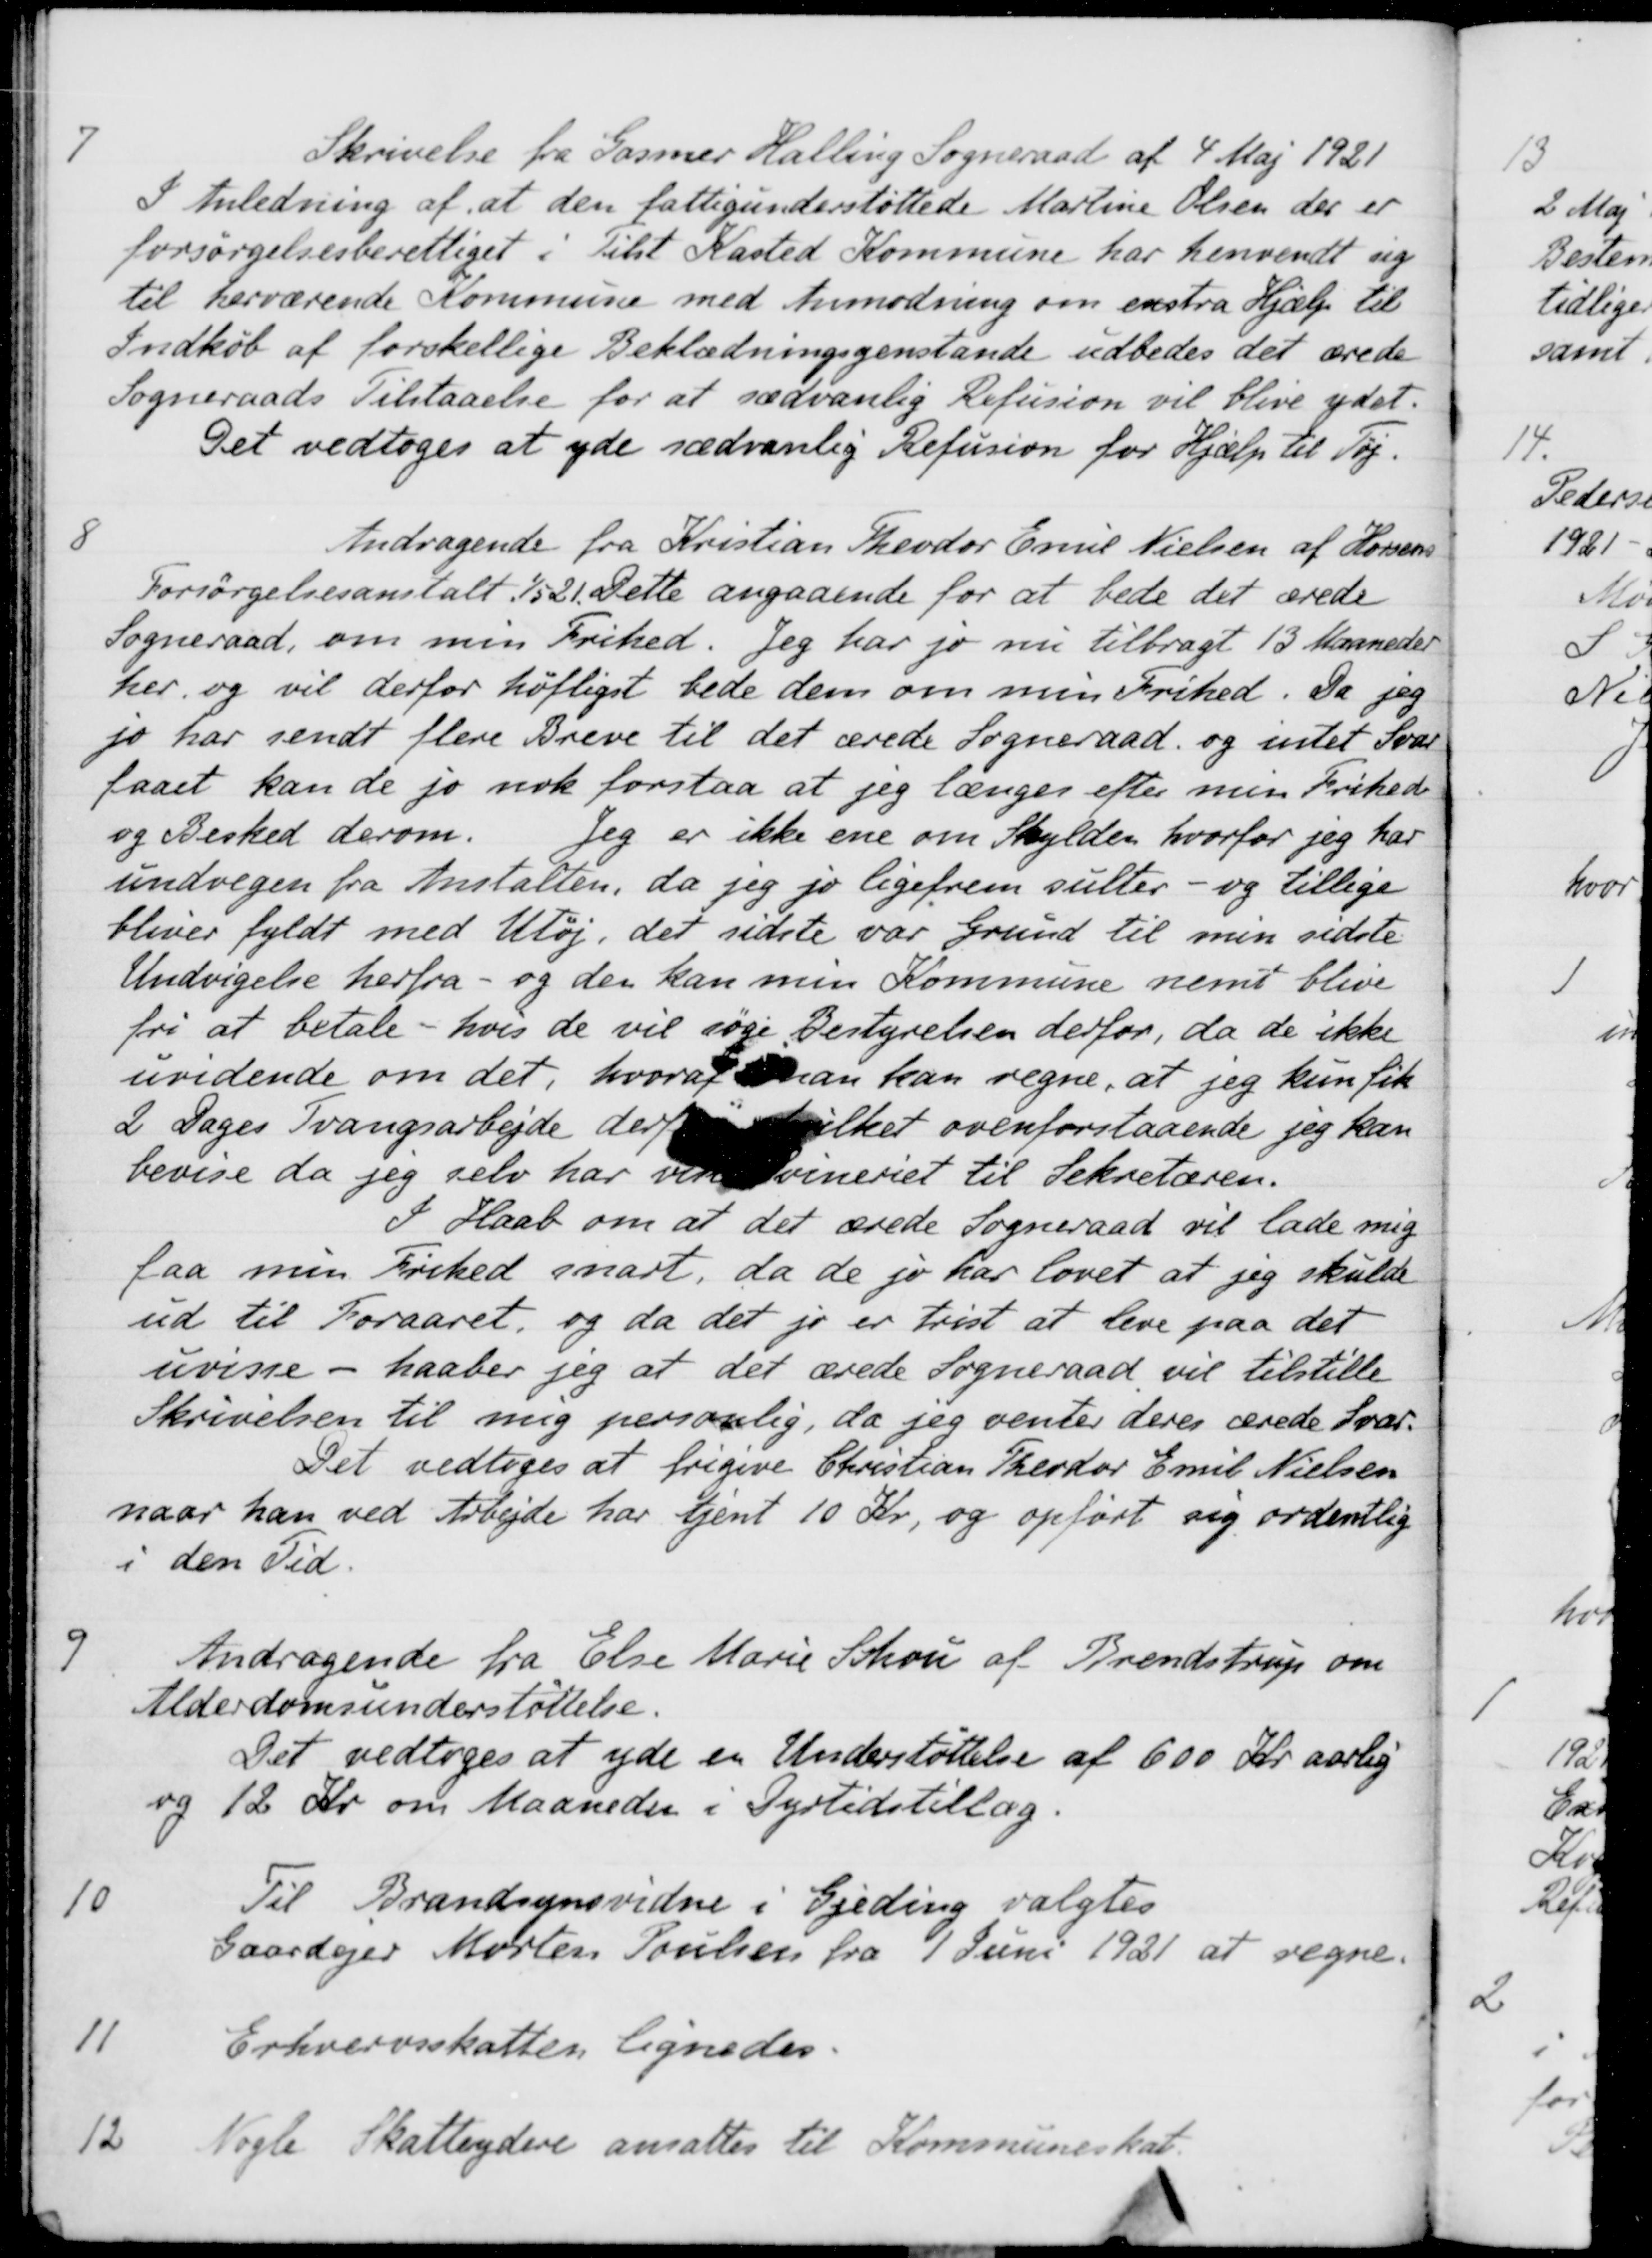
Transskription:
7
Skrivelse fra Gosmer Halling Sogneraad af 4 Maj 1921
I Anledning af at den fattigunderstøttede Martine Olsen der er
forsørgelsesberettiget i Tilst Kasted Kommune har henvendt sig
til herværende Kommune med Anmodning om exstra Hjælp til
Indkøb af forskellige Beklædningsgenstande udbedes det ærede
Sogneraads Tilstaaelse for at sædvanlig Refusion vil blive yder
Det vedtoges at yde sædvanlig Refusion for Hjælp til Tøj.
8
Andragende fra Kristian Theodor Emil Nielsen af Horsens
Forsørgelsesanstalt 1/5 21. Dette angaaende for at bede det ærede
Sogneraad, om min Frihed. Jeg har jo nu tilbragt 13 Maaneder
her og vil derfor høfligst bede dem om min Frihed. Da jeg
jo har sendt flere Breve til det ærede Sogneraad og intet Svar
faaet kan de jo nok forstaa at jeg længes efter min Frihed
og Besked derom. Jeg er ikke ene om Skylden, hvorfor jeg har
undvegen fra Anstalten, da jeg jo ligefrem sulter - og tillige
bliver fyldt med Utøj, det sidste var Grund til min sidste.
Undvigelse herfra - og den kan min Kommune nemt blive
fri at betale - hvis de vil søge Bestyrelsen derfor, da de ikke
uvidende om det, hvoraf man kan regne, at jeg kun fik
2 Dages Tvangsarbejde derfor hvilket ovenforstaaende jeg kan
bevise da jeg selv har vent Svineriet til Sekretæren.
I Haab om at det ærede Sogneraad vil lade mig
faa min Frihed snart, da de jo har lovet at jeg skulde
ud til Foraaret, og da det jo er trist at leve paa det
uvisse - haaber jeg at det ærede Sogneraad vil tilstille
Skrivelsen til mig personlig, da jeg venter deres ærede Svar.
Det vedtoges at frigive Christian Theodor Emil Nielsen
naar han ved Arbejde har tjent 10 Kr, og opført sig ordentlig
i den Tid.
9
Andragende fra Else Marie Schou af Brendstrup om
Alderdomsunderstøttelse.
Det vedtoges at yde en Understøttelse af 600 Kr. aarlig
og 12 Kr. om Maaneder i Dyrtidstillæg.
10
Til Brandsynsvidne i Gjeding valgtes
Gaardejer Morten Poulsen fra 1 Juni 1921 at regne.
11
Erhvervsskatten lignedes
12
Nogle Skatteydere ansattes til Kommuneskat.